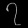
Digit: ၇